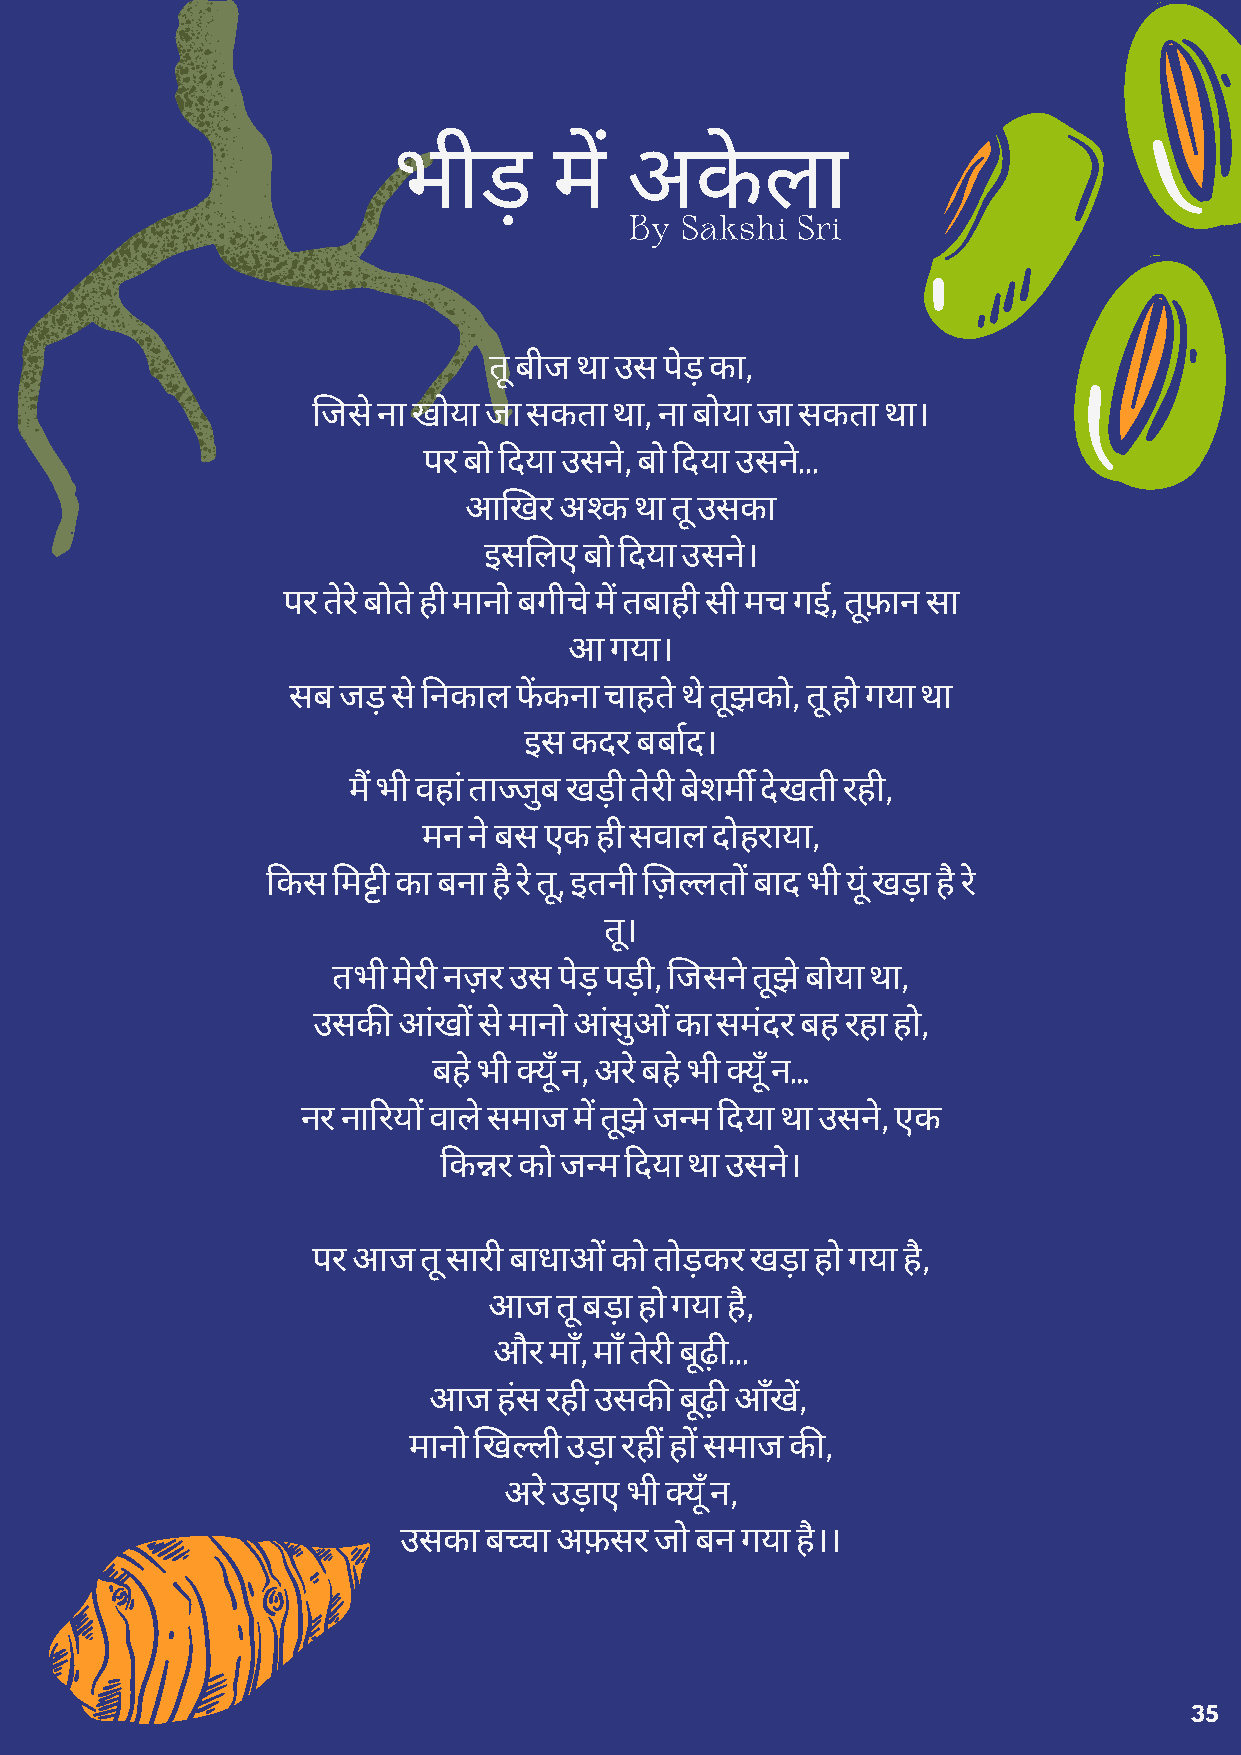
भीड़        म  अके       ला
 By Sakshi  Sri
 तू बीज था उस पेड़ का,
 जस ेना खोया जा सकता था, ना बोया जा सकता था।
 पर बो दया उसने, बो दया उसन.े ..
 आखर  अक  था तू उसका
 इसलए  बो दया उसन।े
 पर तेरे बोते ही मानो बगीच ेम तबाही सी मच गई, तूफ़ान सा
 आ गया।
 सब जड़  से नकाल फ कना चाहते थ ेतूझको, तू हो गया था
 इस कदर बबाद।
 म भी वहां ताुब खड़ी तेरी बेशम देखती रही,
 मन न ेबस एक ही सवाल दोहराया,
 कस म का बना ह ैर ेतू, इतनी ज़लत बाद भी यूं खड़ा ह ैरे
 तू।
 तभी मेरी नज़र उस पेड़ पड़ी, जसन ेतूझ ेबोया था,
 उसक आंख  से मानो आंसु का समदं र बह रहा हो,
 बह ेभी य ूँन, अरे बह ेभी यूँ न…
 नर नारय वाले समाज म तूझे जम दया था उसन,े एक
 कर को जम दया था उसने।
 पर आज  त ूसारी बाधा को तोड़कर खड़ा हो गया है,
 आज   तू बड़ा हो गया है,
 और मा,ँ माँ तेरी बूढ़...
 आज   हंस रही उसक बूढ़ आँख,
 मानो खली उड़ा रह ह समाज क,
 अरे उड़ाए भी यूँ न,
 उसका  बा  अफ़सर  जो बन गया है।।
 35